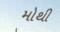
મોથી